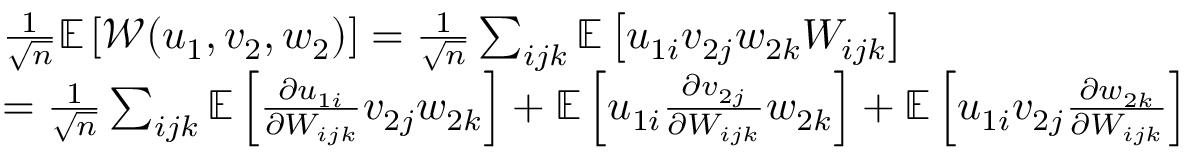
\begin{array} { r l } & { \frac { 1 } { \sqrt n } \mathbb { E } \left[ { \mathcal { W } } ( u _ { 1 } , v _ { 2 } , w _ { 2 } ) \right] = \frac { 1 } { \sqrt n } \sum _ { i j k } \mathbb { E } \left[ u _ { 1 i } v _ { 2 j } w _ { 2 k } W _ { i j k } \right] } \\ & { = \frac { 1 } { \sqrt n } \sum _ { i j k } \mathbb { E } \left[ \frac { \partial u _ { 1 i } } { \partial W _ { i j k } } v _ { 2 j } w _ { 2 k } \right] + \mathbb { E } \left[ u _ { 1 i } \frac { \partial v _ { 2 j } } { \partial W _ { i j k } } w _ { 2 k } \right] + \mathbb { E } \left[ u _ { 1 i } v _ { 2 j } \frac { \partial w _ { 2 k } } { \partial W _ { i j k } } \right] } \end{array}